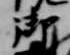
御